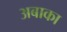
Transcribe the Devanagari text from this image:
अबाका